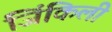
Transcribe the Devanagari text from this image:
जिंकिली